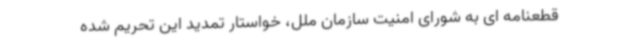
قطعنامه ای به شورای امنیت سازمان ملل، خواستار تمدید این تحریم شده